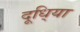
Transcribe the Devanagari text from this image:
दूधि्या